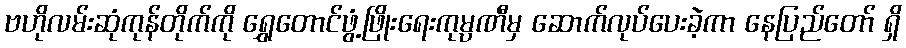
ဗဟိုလမ်းဆုံကုန်တိုက်ကို ရွှေတောင်ဖွံ့ဖြိုးရေးကုမ္ပဏီမှ ဆောက်လုပ်ပေးခဲ့ကာ နေပြည်တော် ရှိ